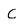
Character: C